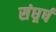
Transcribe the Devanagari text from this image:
संघर्र्ष